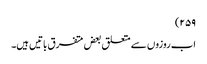
۲۵۹)
اب روزوں سے متعلق بعض متفرق باتیں ہیں۔